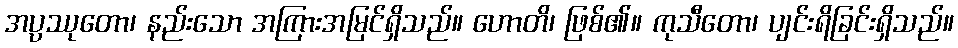
အပ္ပဿုတော၊ နည်းသော အကြားအမြင်ရှိသည်။ ဟောတိ၊ ဖြစ်၏။ ကုသီတော၊ ပျင်းရိခြင်းရှိသည်။